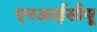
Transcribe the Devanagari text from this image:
एनआईसीयू